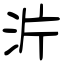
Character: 沜